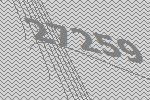
27259